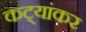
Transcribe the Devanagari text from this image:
कट्यांकर